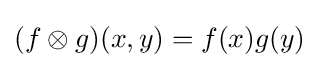
(f\otimes g)(x,y)=f(x)g(y)